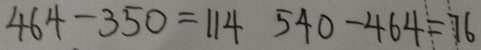
4 6 4 - 3 5 0 = 1 1 4 5 4 0 - 4 6 4 = 7 6